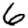
Digit: 6